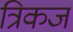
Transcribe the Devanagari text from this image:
त्रिकज